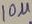
Text: 10u